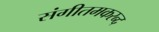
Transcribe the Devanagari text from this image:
संगीतमकरन्द